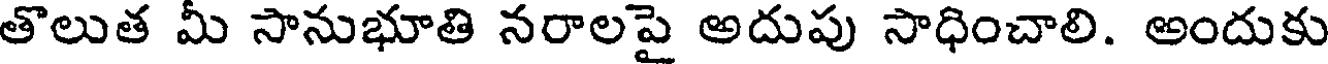
తొలుత మీ సానుభూతి నరాలపై అదుపు సాధించాలి. అందుకు